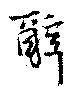
辭